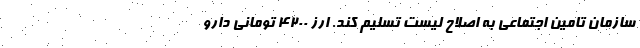
سازمان تامین اجتماعی به اصلاح لیست تسلیم کند. ارز ۴۲۰۰ تومانی دارو